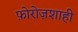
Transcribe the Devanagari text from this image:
फ़ोरोज़शाही